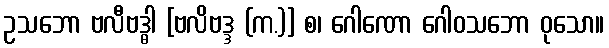
ဥသဘော ဗလီဗဒ္ဓါ [ဗလိဗဒ္ဒ (က.)] စ၊ ဂေါဏော ဂေါဝသဘော ဝုသော။